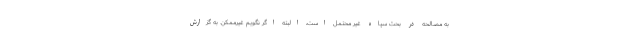
به مصالحه در بحث سپاه غیر محتمل است، البته اگر نگویم غیرممکن. به گزارش